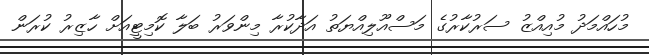
މުހައްމަދު މުއިއްޒު ސަރުކާރުގެ މަސްއޫލިއްޔަތު އަދާކުރާ މިންވަރު ބަލާ ކޮމިޓީއަށް ހާޒިރު ކުރަން